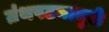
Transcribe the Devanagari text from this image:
ग्रंथपठनामुळे